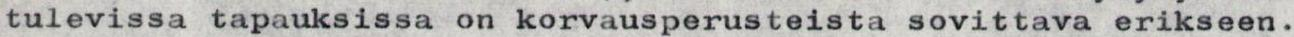
tulevissa tapauksissa on korvausperusteista sovittava erikseen.